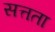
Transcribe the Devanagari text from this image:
सत्तता